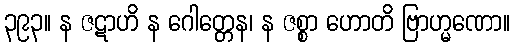
၃၉၃။ န ဇဋာဟိ န ဂေါတ္တေန၊ န ဇစ္စာ ဟောတိ ဗြာဟ္မဏော။